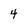
Character: 4